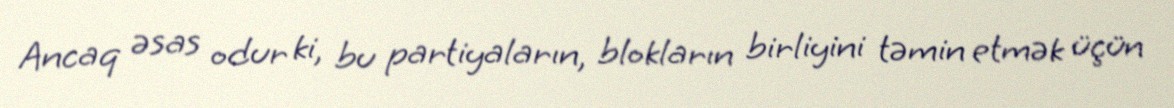
Ancaq əsas odur ki, bu partiyaların, blokların birliyini təmin etmək üçün